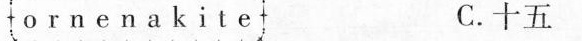
o r n e n a k i t e C.十五